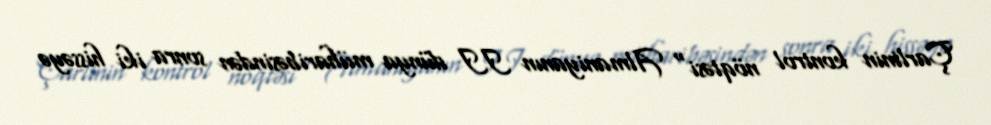
Çarlinin kontrol nöqtəsi" Almaniyanın II dünya müharibəsindən sonra iki hissəyə